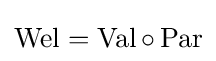
\operatorname {Wel} =\operatorname {Val} \circ \operatorname {Par}